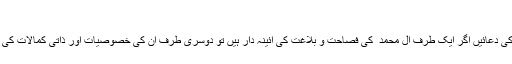
دُعائے ندبہ:
آئمہ معصومین ؑ کی دعائیں اگر ایک طرف آل محمد ؑ کی فصاحت و بلاغت کی آئینہ دار ہیں تو دوسری طرف ان کی خصوصیات اور ذاتی کمالات کی بھی ترجمان ہیں۔